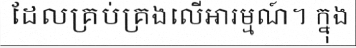
ដែលគ្រប់គ្រងលើអារម្មណ៍។ ក្នុង